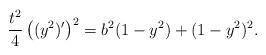
LaTeX: \begin{align*} \frac{t^2}{4} \left( (y^2)' \right)^2 = b^2(1 - y^2) + (1 - y^2)^2.\end{align*}